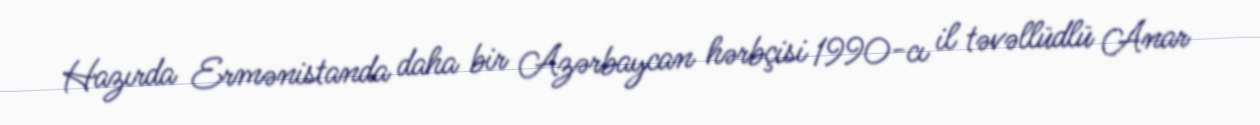
Hazırda Ermənistanda daha bir Azərbaycan hərbçisi 1990-cı il təvəllüdlü Anar